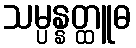
သမ္ပန္နတ္ထူဓ